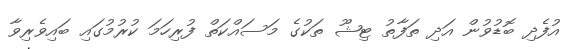
އުފެދި ބޮޑުވުން އަދި ތަފާތު ޓިޝޫ ތަކުގެ މަސައްކަތް ފުރިހަމަ ކުރުމުގައި ބައިވެރިވާ